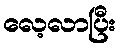
လေ့လာပြီး